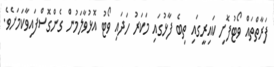
ފަރާތްތައް ވޯޓުފޮށި ކައިރީގައި ތިބެ ފާޅުގައި މަކަރު ހަދައި ވޯޓު އޮޅުވާލަމުން ގެންގޮސްފައިވާކަމަށެވެ.